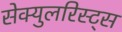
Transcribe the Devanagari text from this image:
सेक्युलरिस्ट्स